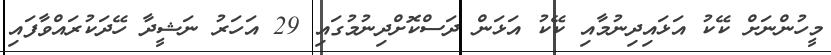
މީހުންނަށް ކޭކު އަޅައިދިނުމާއި ކޭކު އަޅަން ދަސްކޮށްދިނުމުގައި 29 އަހަރު ނަޝީދާ ހޭދަކުރައްވާފައި